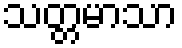
သတ္တမာသာ